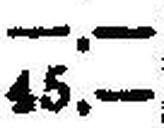
45.—